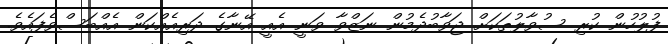
ފުލުހުން ކުރި ސުވާލުތަކަށް ޖަވާބުދެމުން ނަޒްވާ ވަނީ އެއީ އޭނާގެ ދަރިއެއްކަން އެއްބަސްވެފައެވެ.